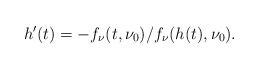
LaTeX: \begin{align*}h'(t)=-{f_\nu(t,\nu_0)}/{f_\nu(h(t),\nu_0)}.\end{align*}